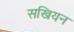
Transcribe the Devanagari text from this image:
सखियन